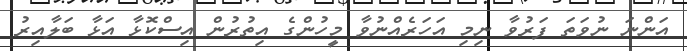
އަންނަ ނުވަތަ ފަރުވާ ނިމި އަހަރެއްނުވާ މީހުންގެ އިތުރުން އިސްކޮޅާ އަޅާ ބަލާއިރު